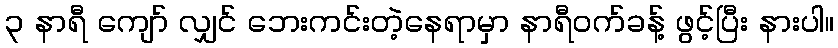
၃ နာရီ ကျော် လျှင် ဘေးကင်းတဲ့နေရာမှာ နာရီဝက်ခန့် ဖွင့်ပြီး နားပါ။